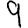
Digit: 9